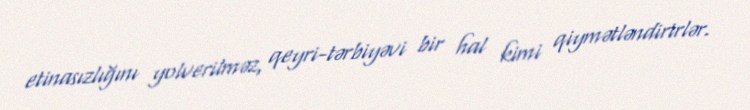
etinasızlığını yolverilməz, qeyri-tərbiyəvi bir hal kimi qiymətləndirirlər.